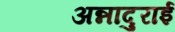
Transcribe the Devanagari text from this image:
अन्नादुराई